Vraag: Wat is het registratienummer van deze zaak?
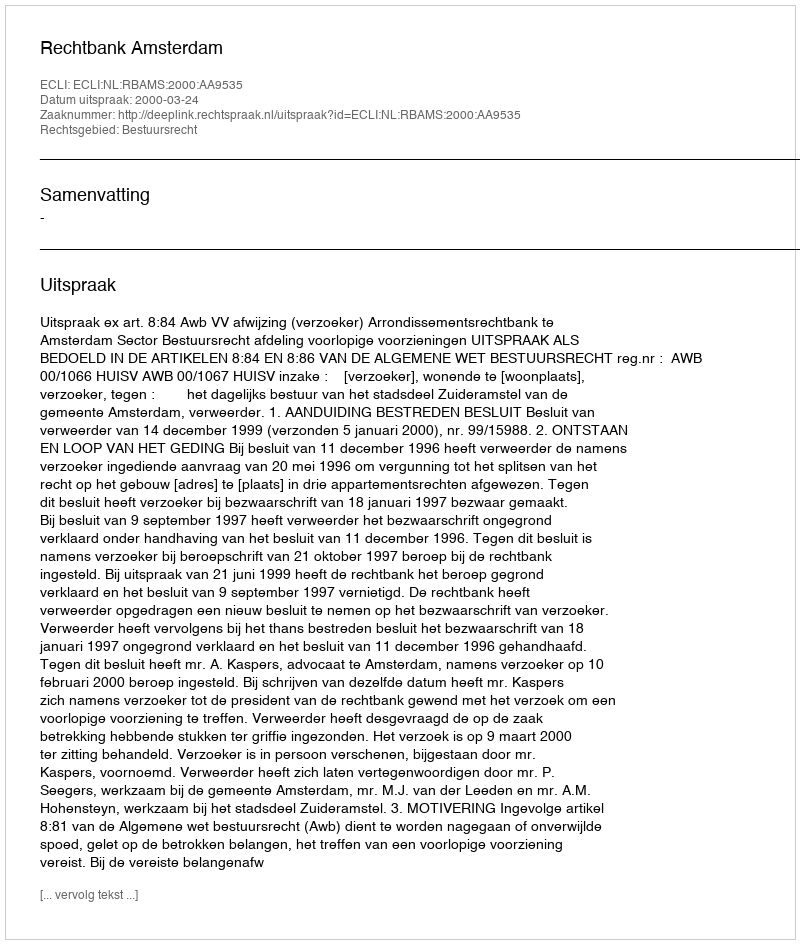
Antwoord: http://deeplink.rechtspraak.nl/uitspraak?id=ECLI:NL:RBAMS:2000:AA9535